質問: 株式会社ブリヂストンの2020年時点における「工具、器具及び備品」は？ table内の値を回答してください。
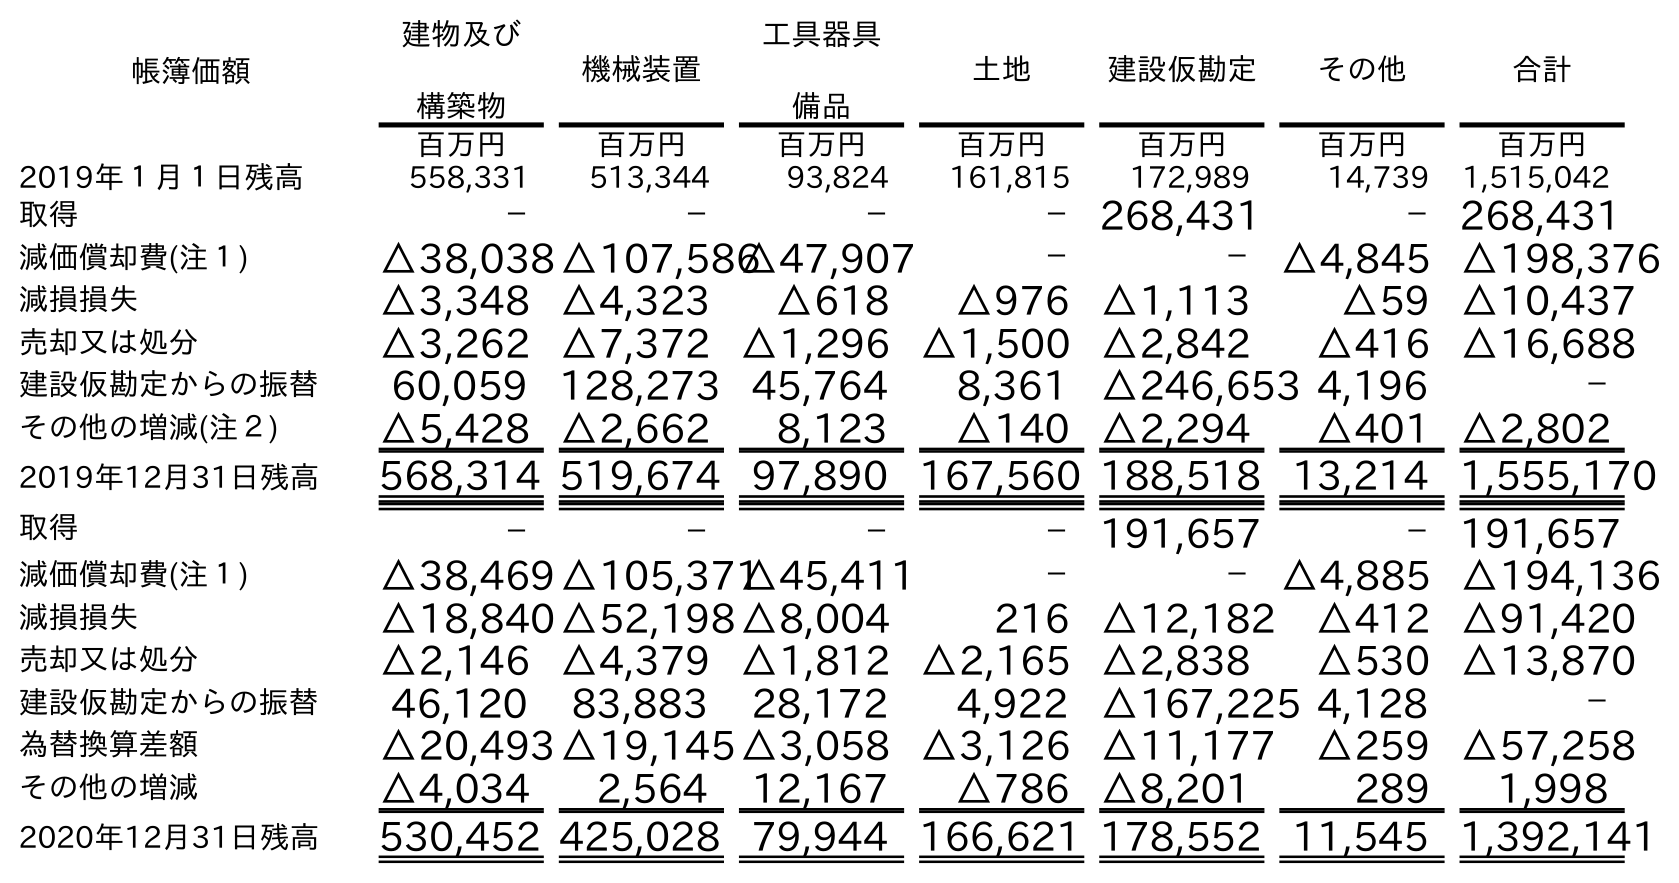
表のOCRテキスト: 帳簿価額 建物及び 構築物 機械装置 工具器具 備品 土地 建設仮勘定 その他 合計 百万円 百万円 百万円 百万円 百万円 百万円 百万円 2019年１月１日残高 558,331 513,344 93,824 161,815 172,989 14,739 1,515,042 取得 － － － －268,431 －268,431 減価償却費(注１) △38,038△107,586△47,907 － －△4,845 △198,376 減損損失 △3,348 △4,323 △618 △976 △1,113 △59 △10,437 売却又は処分 △3,262 △7,372 △1,296 △1,500 △2,842 △416 △16,688 建設仮勘定からの振替 60,059 128,273 45,764 8,361 △246,653 4,196 － その他の増減(注２) △5,428 △2,662 8,123 △140 △2,294 △401 △2,802 2019年12月31日残高 568,314 519,674 97,890 167,560 188,518 13,214 1,555,170 取得 － － － －191,657 －191,657 減価償却費(注１) △38,469△105,371△45,411 － －△4,885 △194,136 減損損失 △18,840△52,198△8,004 216 △12,182 △412 △91,420 売却又は処分 △2,146 △4,379 △1,812 △2,165 △2,838 △530 △13,870 建設仮勘定からの振替 46,120 83,883 28,172 4,922 △167,225 4,128 － 為替換算差額 △20,493△19,145△3,058 △3,126 △11,177 △259 △57,258 その他の増減 △4,034 2,564 12,167 △786 △8,201 289 1,998 2020年12月31日残高 530,452 425,028 79,944 166,621 178,552 11,545 1,392,141
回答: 79,944